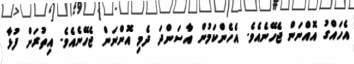
އެހައްގު އޮއްނަން ޖެހޭނެއެވެ. އެހެންކަމުން އާސަންދަ ދެމި އޮންނަން ޖެހޭނެއެވެ. އިތުރަށް ފުޅާ